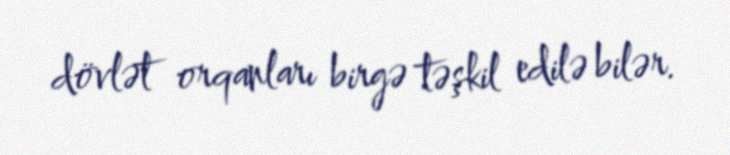
dövlət orqanları birgə təşkil edilə bilər.